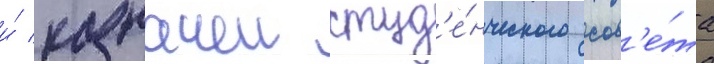
и́ казначеи студ'е́нческого сов'е́та